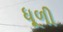
ધૂળી